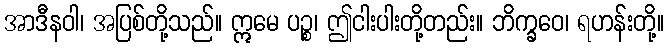
အာဒီနဝါ၊ အပြစ်တို့သည်။ ဣမေ ပဉ္စ၊ ဤငါးပါးတို့တည်း။ ဘိက္ခဝေ၊ ရဟန်းတို့။